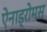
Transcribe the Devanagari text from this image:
ऐनाड्रोमस